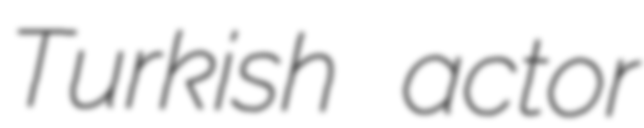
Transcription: Turkish actor